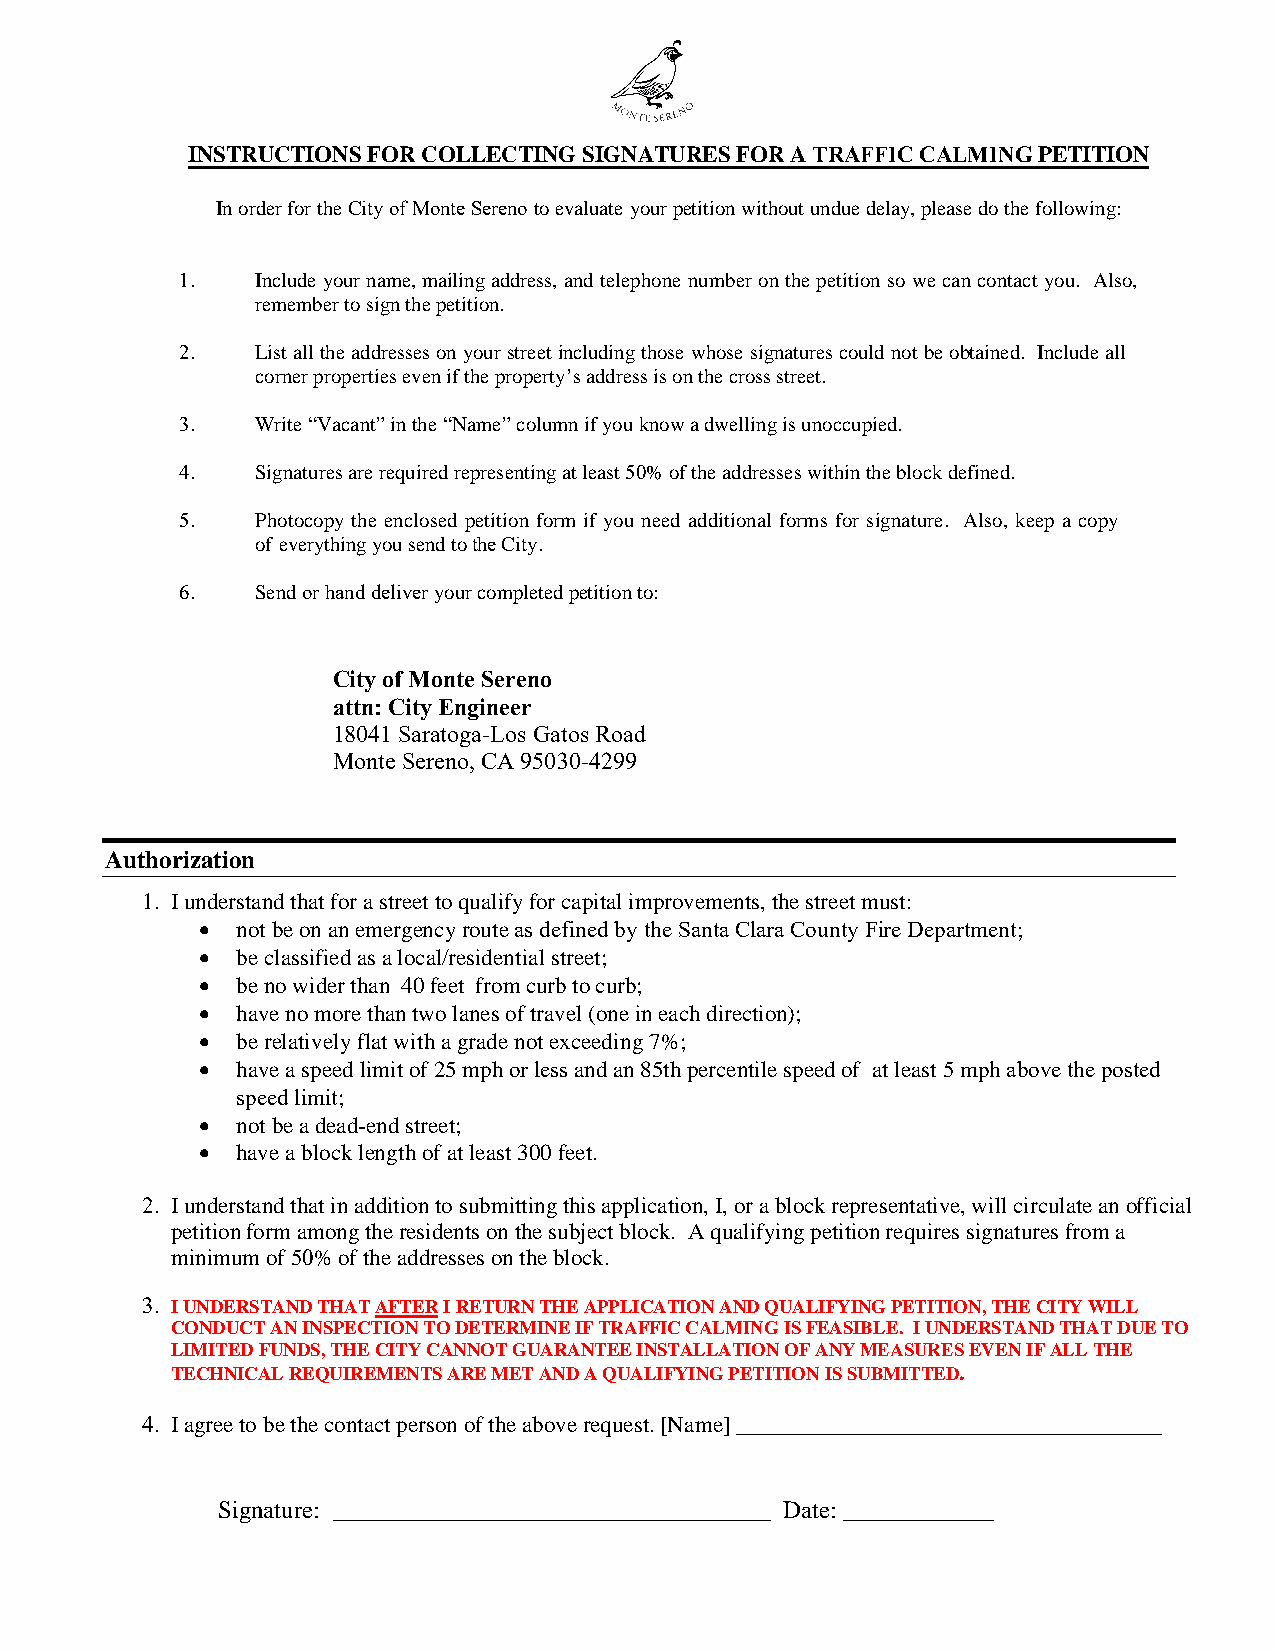
Cl I Y ot 0 1\KI 1\i'-:l)
 INSTRUCTIONS FOR COLLECTING SIGNATURES FOR A TRAFFIC CALMING PETITION
 In order for the City of Monte Sereno to evaluate your petition without undue delay, please do the following:
 1.   Include your name, mailing address, and telephone number on the petition so we can contact you. Also,
 remember to sign the petition.
 2.   List all the addresses on your street including those whose signatures could not be obtained. Include all
 corner properties even if the property’s address is on the cross street.
 3.   Write “Vacant” in the “Name” column if you know a dwelling is unoccupied.
 4.   Signatures are required representing at least 50% of the addresses within the block defined.
 5.   Photocopy the enclosed petition form if you need additional forms for signature. Also, keep a copy
 of everything you send to the City.
 6.   Send or hand deliver your completed petition to:
 City of Monte Sereno
 attn: City Engineer
 18041 Saratoga-Los Gatos Road
 Monte Sereno, CA 95030-4299
 Authorization
 1. I understand that for a street to qualify for capital improvements, the street must:
 •  not be on an emergency route as defined by the Santa Clara County Fire Department;
 •  be classified as a local/residential street;
 •  be no wider than 40 feet from curb to curb;
 •  have no more than two lanes of travel (one in each direction);
 •  be relatively flat with a grade not exceeding 7%;
 •  have a speed limit of 25 mph or less and an 85th percentile speed of at least 5 mph above the posted
 speed limit;
 •  not be a dead-end street;
 •  have a block length of at least 300 feet.
 2. I understand that in addition to submitting this application, I, or a block representative, will circulate an official
 petition form among the residents on the subject block. A qualifying petition requires signatures from a
 minimum of 50% of the addresses on the block.
 3. I UNDERSTAND THAT AFTER I RETURN THE APPLICATION AND QUALIFYING PETITION, THE CITY WILL
 CONDUCT AN INSPECTION TO DETERMINE IF TRAFFIC CALMING IS FEASIBLE. I UNDERSTAND THAT DUE TO
 LIMITED FUNDS, THE CITY CANNOT GUARANTEE INSTALLATION OF ANY MEASURES EVEN IF ALL THE
 TECHNICAL REQUIREMENTS ARE MET AND A QUALIFYING PETITION IS SUBMITTED.
 4. I agree to be the contact person of the above request. [Name] __________________________________
 Signature: ___________________________________ Date: ____________
 September 2015